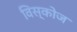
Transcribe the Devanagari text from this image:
विस्कोज